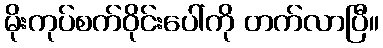
မိုးကုပ်စက်ဝိုင်းပေါ်ကို တက်လာပြီ။